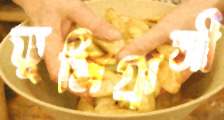
ভূমিগ্রাসী